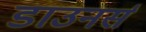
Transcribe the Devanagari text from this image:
डाउनर्स